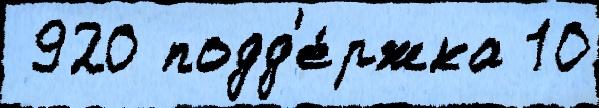
 920 подд'е́ржка 10